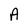
Character: A